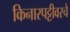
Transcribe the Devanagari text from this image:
किनारपट्टीवरचे